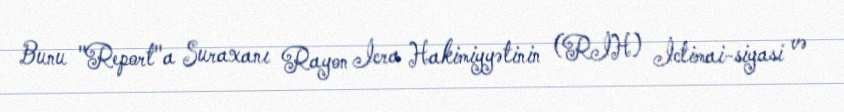
Bunu "Report"a Suraxanı Rayon İcra Hakimiyyətinin (RİH) İctimai-siyasi və